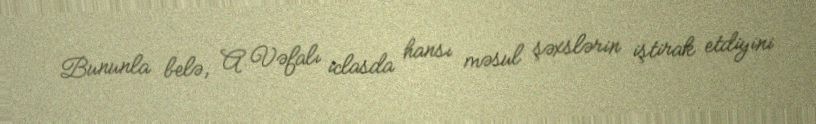
Bununla belə, A.Vəfalı iclasda hansı məsul şəxslərin iştirak etdiyini